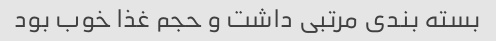
بسته بندی مرتبی داشت و حجم غذا خوب بود